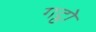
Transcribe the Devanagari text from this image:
गट्ठो